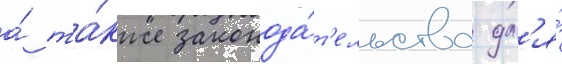
а́ та́кже законода́т'ельства дл'я́